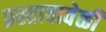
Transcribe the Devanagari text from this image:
प्रस्तावावेळी